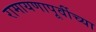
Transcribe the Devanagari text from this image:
रामायणापूर्वीच्या